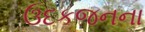
ઉદકજનના